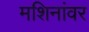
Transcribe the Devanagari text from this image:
मशिनांवर